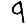
Digit: 9